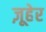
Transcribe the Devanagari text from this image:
ज़ूहेर